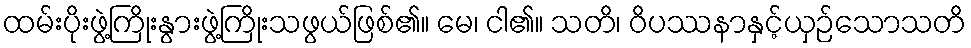
ထမ်းပိုးဖွဲ့ကြိုးနွားဖွဲ့ကြိုးသဖွယ်ဖြစ်၏။ မေ၊ ငါ၏။ သတိ၊ ဝိပဿနာနှင့်ယှဉ်သောသတိ